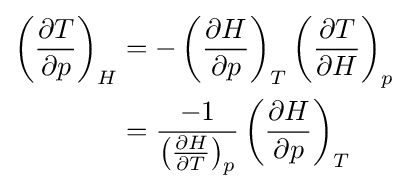
{\begin{aligned}\left({\frac {\partial T}{\partial p}}\right)_{H}&=-\left({\frac {\partial H}{\partial p}}\right)_{T}\left({\frac {\partial T}{\partial H}}\right)_{p}\\&={\frac {-1}{\left({\frac {\partial H}{\partial T}}\right)_{p}}}\left({\frac {\partial H}{\partial p}}\right)_{T}\end{aligned}}